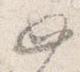
如